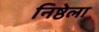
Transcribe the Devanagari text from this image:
निष्ठेला